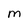
Character: M